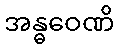
အန္ဓဝေဏိ